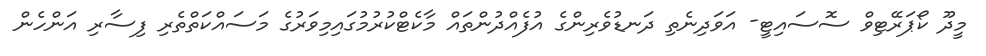
މީދޫ ކޯޕަރޭޓިވް ސޮސައިޓީ- އަވަދިނެތި ދަނޑުވެރިންގެ އުފެއްދުންތައް މާކެޓްކުރުމުގައިމިވަރުގެ މަސައްކަތްތެރި ފިސާރި އަންހެން